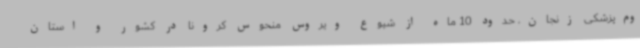
وم‌پزشکی زنجان، حدود 10 ماه از شیوع ویروس منحوس کرونا در کشور و استان